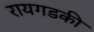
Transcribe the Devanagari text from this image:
रायगडकी